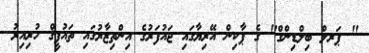
" ޕަރލް ބިލްޑިންގް" ގެ ޕާކިން އޭރިޔާގައި ޖައުފަރުގެ އިންތިޒާރުގައި ތައުފީޤް ހުރިއިރު